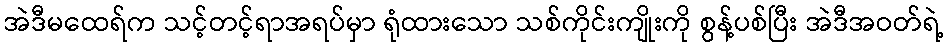
အဲဒီမထေရ်က သင့်တင့်ရာအရပ်မှာ ရုံထားသော သစ်ကိုင်းကျိုးကို စွန့်ပစ်ပြီး အဲဒီအဝတ်ရဲ့